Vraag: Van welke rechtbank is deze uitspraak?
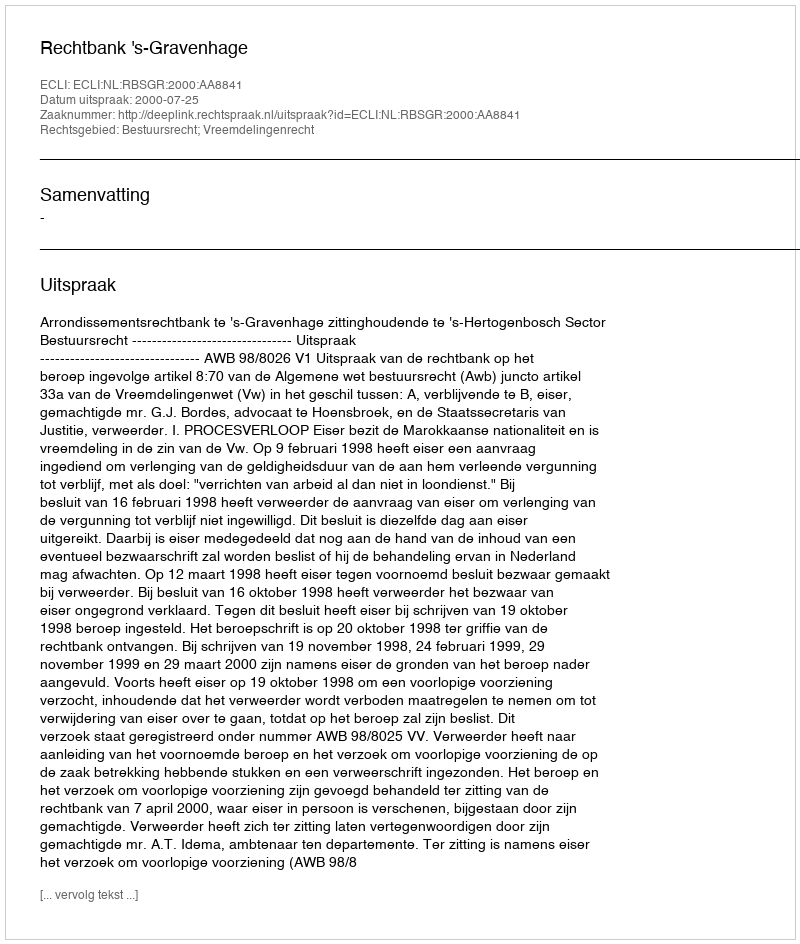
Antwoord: Rechtbank 's-Gravenhage